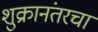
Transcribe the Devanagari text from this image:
शुक्रानंतरचा